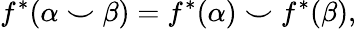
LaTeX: f^{*}(\alpha\smile\beta)=f^{*}(\alpha)\smile f^{*}(\beta),